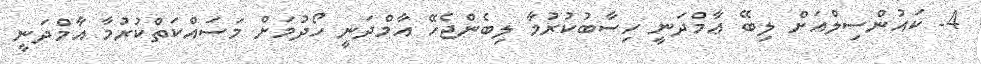
4- ކައުންސިލްއަށް ލިބޭ ޢާމްދަނީ ހިސާބުކުރުމާ ލިބެންޖެހޭ އާމްދަނީ ހޯދުމަށް މަސައްކަތްކުރުމާ އާމްދަނީ